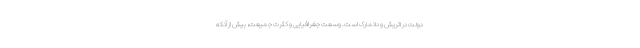
دولت در اتریش و دانمارک است. وسعت جغرافیایی و کثرت جمیعت، بیش از آنکه